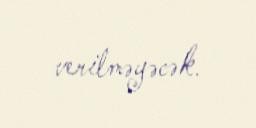
verilməyəcək.